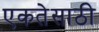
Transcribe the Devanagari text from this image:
एकतेसाठी